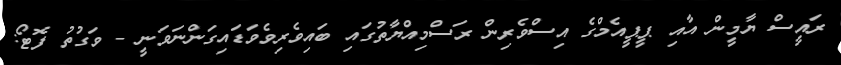
ރައީސް ޔާމީން އާއި ޕީޕީއެމްގެ އިސްވެރިން ރަސްމިއްޔާތުގައި ބައިވެރިވެވަޑައިގަންނަވަނީ - ވަގުތު ފޮޓޯ: